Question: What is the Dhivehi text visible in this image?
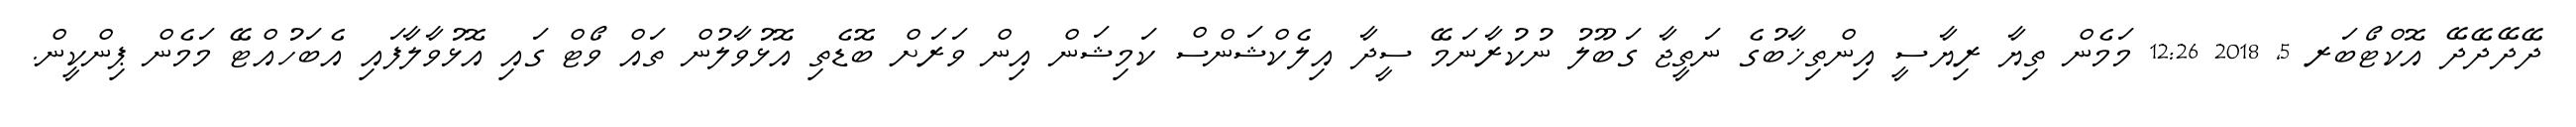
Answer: ދޭދޭދޭދޭ އޮކްޓޯބަރ 5, 2018 12:26 މަމެން ތިޔާ ރިޔާސީ އިންތިޚާބުގެ ނަތީޖާ ގަބޫލު ނުކުރާނަމޭ ސީދާ އިލެކްޝަންސް ކަމިޝަން އިން ވަރަށް ބޮޑެތި އޮޅުވާލުން ތައް ވޯޓް ގައި އޮޅުވާލާފައި އެބަހުއްޓޭ މަމެން ޕިންކީން.